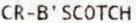
CR-B'SCOTCH